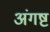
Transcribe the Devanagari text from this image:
अंगष्ट